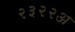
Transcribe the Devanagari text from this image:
२३२२अ